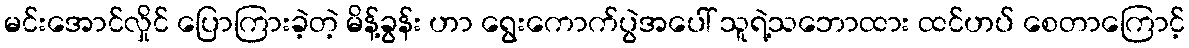
မင်းအောင်လှိုင် ပြောကြားခဲ့တဲ့ မိန့်ခွန်း ဟာ ရွေးကောက်ပွဲအပေါ် သူရဲ့သဘောထား ထင်ဟပ် စေတာကြောင့်